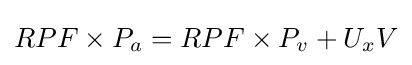
RPF\times P_{a}=RPF\times P_{v}+U_{x}V